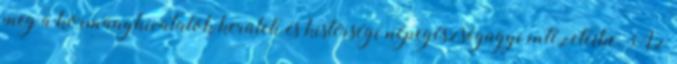
meg a kormányhivatalok kerületi és kistérségi népegészségügyi intézeteibe. Az